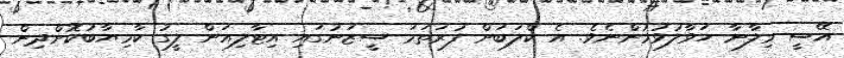
އޭސީ މިލާނާ ހަވާލުވުމުންނެވެ. އެ ކްލަބަށް ފުރަތަމަ ސީޒަނުގައި އިޓާލިއަން ލީގު ކާމިޔާބުކޮށްދިން